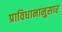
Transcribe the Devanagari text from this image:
प्राविधानानुसार